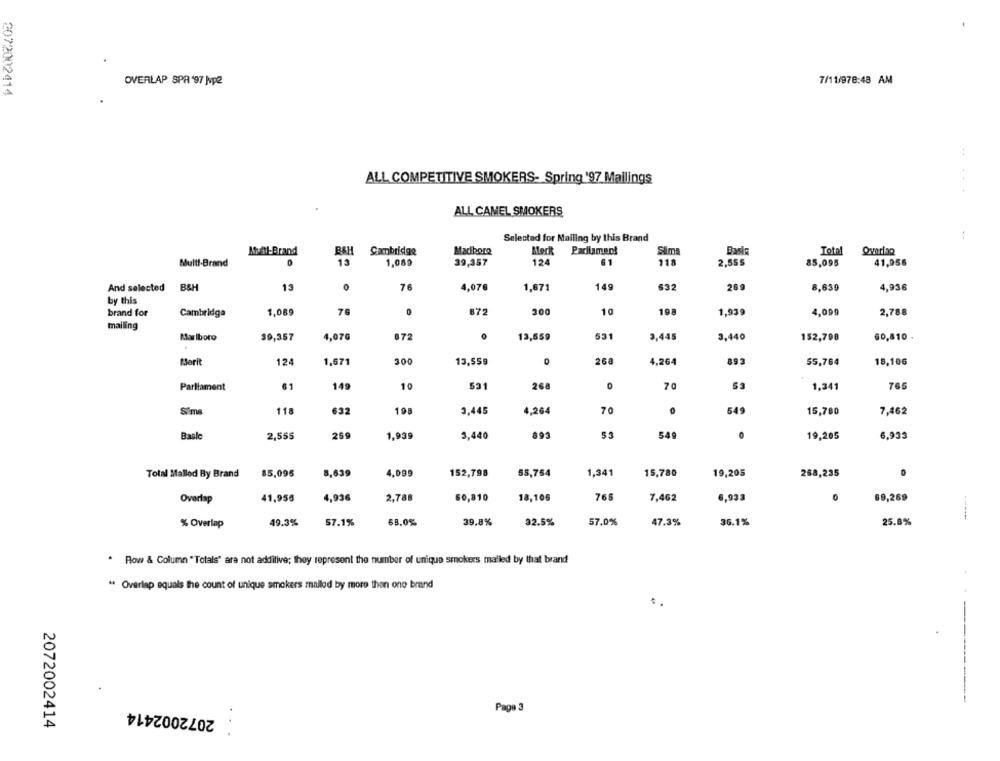
OVERLAP SPA '97 Mvp2
7/11/978:48 AM
2072002414
ALL COMPETITIVE SMOKERS- Spring '97 Mailings
ALL CAMEL SMOKERS
Selectad for Mailing by this Brand
Mail-Brand
Cambridge
Madore
Meck
Parliament
Slims
Total
Overlap
Multi-Brand
13
1,080
39,357
124
61
118
2,55$
85,095
41,956
And selected
B&H
15
76
4,076
1,671
149
632
269
8,639
4,936
by this
brand for
Cambridge
1,089
76
0
872
300
10
198
1,939
4,099
2,788
mailing
4,07G
872
531
3,445
3.440
Marlboro
39,357
13,559
152,790
60,810
Marit
124
1,571
300
13,559
268
4,264
893
55,764
18,106
Parliament
61
14
10
531
268
70
1,341
765
Sims
118
632
198
3,445
4,264
70
0
549
15,780
7,462
2,555
269
1,939
893
53
0
Basle
3,440
549
19,205
6,933
85,095
5.639
4,099
152,798
55,764
1,341
15,780
19,205
268,235
Total Mallod By Brand
Overlap
41,956
4,936
2,788
60,810
18,106
765
7,462
6,933
69,269
-----
% Overlap
49.3%
57.1%
68.0%
39.8%
32.5%
57.0%
47.3%
36.1%
25.8%
. Row & Column "Totals' are not additive; they represent the number of unique smokers mailed by that brand
" Overlap equals the count of unique smokers mailed by more than one brand
--------
2072002414
Page 3
2072002414
..